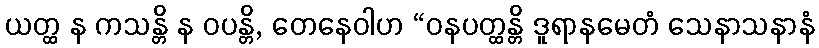
ယတ္ထ န ကသန္တိ န ဝပန္တိ, တေနေဝါဟ “ဝနပတ္ထန္တိ ဒူရာနမေတံ သေနာသနာနံ